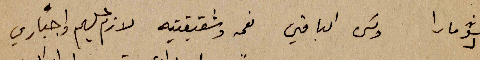
الشومارا ولكن الباقين نعمه وشقيقتيه لازم عليهم واجباري